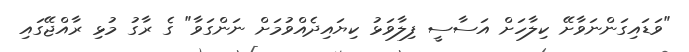
"ވަޑައިގަންނަވާށޭ ކިލާހަށް އަސާސީ ފިލާވަޅު ކިޔައިދެއްވުމަށް ނަންގަވާ" ގެ ރާގު މުޅި ރާއްޖޭގައި